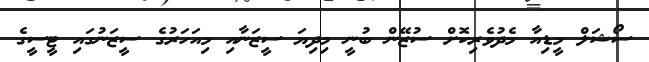
ސޯޝަލް މީޑިއާ މެދުވެރިކޮށް ސުޒޭން ބުނީ މިދިޔަ ސީޒަނާއި މިއަހަރުގެ ސީޒަނުގައި ޓީސީގެ